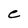
Character: C